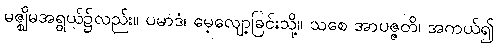
မဇ္ဈိမအရွယ်၌လည်း။ ပမာဒံ၊ မေ့လျော့ခြင်းသို့။ သစေ အာပဇ္ဇတိ၊ အကယ်၍